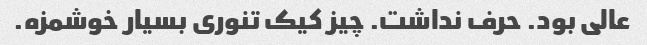
عالی بود. حرف نداشت. چیز کیک تنوری بسیار خوشمزه.